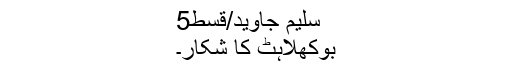
سلیم جاوید/قسط5
بوکھلاہٹ کا شکار۔